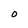
Character: O